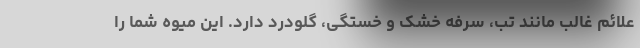
علائم غالب مانند تب، سرفه خشک و خستگی، گلودرد دارد. این میوه شما را